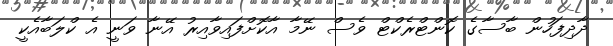
ދާދިފަހުން ބާސާގެ ކޮންޓްރެކްޓް ވެސް ނޭމާ އާކޮށްފައިވާއިރު އޭނާ ވަނީ އެ ކްލަބާއެކީ